Report of the Municipal Commissioner on the plague in Bombay for the year ending 31st May... - Volume 1
Disease focus: Plague
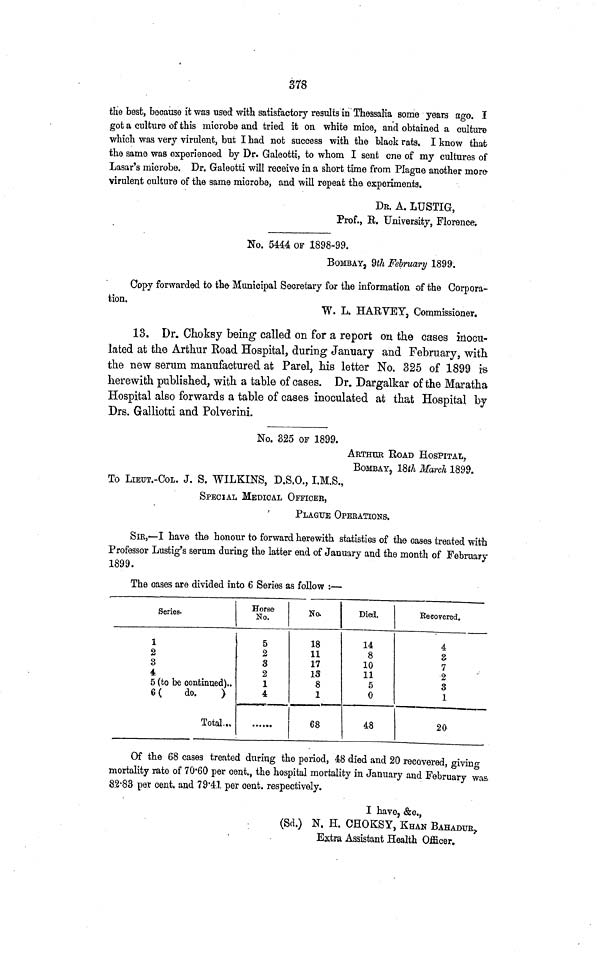
378
the best, because it was used with satisfactory results in Thessalia some years ago. I
got a culture of this microbe and tried it on white mice, and obtained a culture
which was very virulent, but I had not success with the black rats. I know that
the same was experienced by Dr. Galeotti, to whom I sent one of my cultures of
Lasar's microbe. Dr. Galeotti will receive in a short time from Plague another more-
virulent culture of the same microbe, and will repeat the experiments.
Dr. A. LÜSTIG,
Prof., R. University, Florence;
No. 5444 OF 1898-99.
BOMBAY., 9th February 1899.
Copy forwarded to the Municipal Secretary for the information of the Corpora-
tion.
W. L. HARVEY, Commissioner.
13. Dr. Choksy being called on for a report on the cases inocu-
lated at the Arthur Road Hospital, during January and February, with
the new serum manufactured at Parel, his letter No. 325 of 1899 IB
herewith published, with a table of cases. Dr. Dargalkar of the Maratha
Hospital also forwards a table of cases inoculated at that Hospital by
Drs. Galliotti and Polverini.
No. 325 OF 1899.
ARTHUR ROAD HOSPITAL,
BOMBAY, 18th March 1899.
To LIEUT.-COL. J. S. WILKINS, D.S.O., I.M.S.,
SPECIAL MEDICAL OFFICES,
PLAGUE OPERATIONS.
SIR,—I have the honour to forward herewith statistics of the case» treated with
Professor Lustig's serum during the latter end of January and the month of February
1899.
The cases are divided into 6 Series as follow :—
Series.
1
2
3
4
5 (to be continued)..
6 (
do.
)
Total...
Horse
No.
5
2
8
2
1
4
• ·· ···
No.
18
11
17
13
8
1
68
Died.
14
8
10
11
5
0
48
Recovered.
4
8
7
2
3
1
20
Of the 68 cases treated during the period, 48 died and 20 recovered, giving
mortality rate of 70·60 per cent., the hospital mortality in January and February was
82·83 per cent, and 79·41 per cent, respectively.
I have, &c.,
(Sd.) N. H. CHOKSY, KHAN BAHADUR,
Extra Assistant Health Officer,